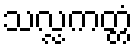
သလ္လကတ္တံ